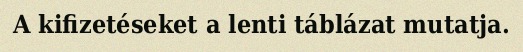
A kifizetéseket a lenti táblázat mutatja.